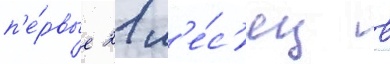
п'е́рвые 21 м'е́с'яц в